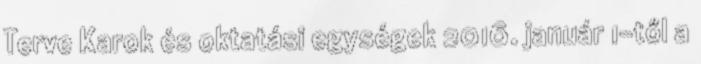
Terve Karok és oktatási egységek 2016. január 1-től a